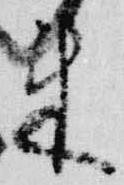
来